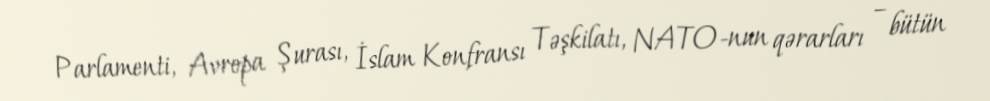
Parlamenti, Avropa Şurası, İslam Konfransı Təşkilatı, NATO-nun qərarları – bütün